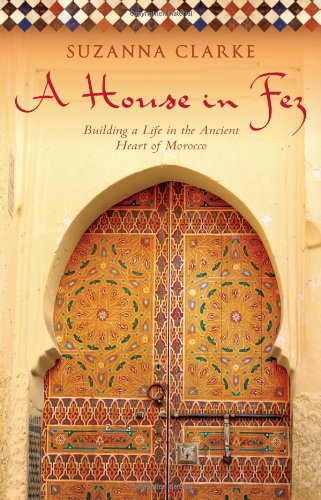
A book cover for A House in Fez: Building a Life in the Ancient Heart of Morocco; Suzanna Clarke; Arts & Photography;